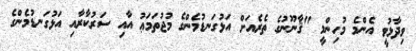
ވިދާޅުވީ އެންމެ މުހިންމީ "ޤާނޫނުގެ ތެރެއަށް އަޅުގަނޑުމެންގެ މުޖުތަމަޢު އާއި ސަރުކާރާއި އަޅުގަނޑުމެންގެ